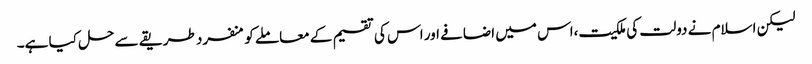
لیکن اسلام نے دولت کی ملکیت،اس میں اضافے اور اس کی تقسیم کے معاملے کو منفرد طریقے سے حل کیا ہے۔